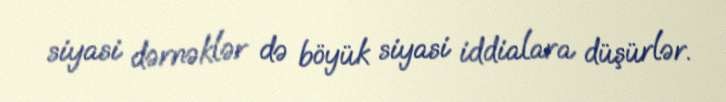
siyasi dərnəklər də böyük siyasi iddialara düşürlər.